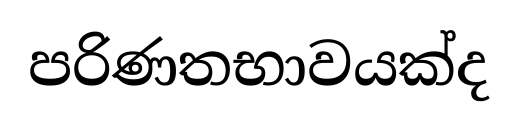
පරිණතභාවයක්ද